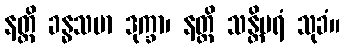
နတ္ထိ ခန္ဓသမာ ဒုက္ခာ၊ နတ္ထိ သန္တိပရံ သုခံ။